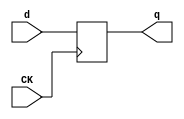
//# 3 inputs
//# 6 outputs
//# 14 D-type flipflops
//# 44 inverters
//# 75 gates (31 ANDs + 9 NANDs + 16 ORs + 19 NORs)

module dff(CK,q,d);
input CK,d;
output reg q;
always @ (negedge CK)
q<=d;
endmodule

module s298(GND,VDD,CK,G0,G1,G117,G118,G132,G133,G2,G66,G67);
input GND,VDD,CK,G0,G1,G2;
output G117,G132,G66,G118,G133,G67;

  wire G10,G29,G11,G30,G12,G34,G13,G39,G14,G44,G15,G56,G16,G86,G17,G92,G18,G98,
    G19,G102,G20,G107,G21,G113,G22,G119,G23,G125,G28,G130,G38,G40,G45,G46,G50,
    G51,G54,G55,G59,G60,G64,II155,II158,G76,G82,G87,G91,G93,G96,G99,G103,G108,
    G112,G114,II210,II213,G120,G124,G121,II221,G126,G131,G127,II229,II232,
    II235,II238,G26,G27,G31,G32,G33,G35,G36,G37,G42,G41,G48,G47,G49,G52,G57,
    G61,G58,G65,G62,G63,G74,G75,G88,G89,G90,G94,G95,G100,G105,G104,G110,G109,
    G111,G115,G122,G123,G128,G129,G24,G25,G68,G69,G70,G71,G72,G73,G77,G78,G79,
    G80,G81,G83,G84,G85,G43,G97,G101,G106,G116,G53;

  dff DFF_0(CK,G10,G29);
  dff DFF_1(CK,G11,G30);
  dff DFF_2(CK,G12,G34);
  dff DFF_3(CK,G13,G39);
  dff DFF_4(CK,G14,G44);
  dff DFF_5(CK,G15,G56);
  dff DFF_6(CK,G16,G86);
  dff DFF_7(CK,G17,G92);
  dff DFF_8(CK,G18,G98);
  dff DFF_9(CK,G19,G102);
  dff DFF_10(CK,G20,G107);
  dff DFF_11(CK,G21,G113);
  dff DFF_12(CK,G22,G119);
  dff DFF_13(CK,G23,G125);
  not NOT_0(G28,G130);
  not NOT_1(G38,G10);
  not NOT_2(G40,G13);
  not NOT_3(G45,G12);
  not NOT_4(G46,G11);
  not NOT_5(G50,G14);
  not NOT_6(G51,G23);
  not NOT_7(G54,G11);
  not NOT_8(G55,G13);
  not NOT_9(G59,G12);
  not NOT_10(G60,G22);
  not NOT_11(G64,G15);
  not NOT_12(II155,G16);
  not NOT_13(G66,II155);
  not NOT_14(II158,G17);
  not NOT_15(G67,II158);
  not NOT_16(G76,G10);
  not NOT_17(G82,G11);
  not NOT_18(G87,G16);
  not NOT_19(G91,G12);
  not NOT_20(G93,G17);
  not NOT_21(G96,G14);
  not NOT_22(G99,G18);
  not NOT_23(G103,G13);
  not NOT_24(G108,G112);
  not NOT_25(G114,G21);
  not NOT_26(II210,G18);
  not NOT_27(G117,II210);
  not NOT_28(II213,G19);
  not NOT_29(G118,II213);
  not NOT_30(G120,G124);
  not NOT_31(G121,G22);
  not NOT_32(II221,G2);
  not NOT_33(G124,II221);
  not NOT_34(G126,G131);
  not NOT_35(G127,G23);
  not NOT_36(II229,G0);
  not NOT_37(G130,II229);
  not NOT_38(II232,G1);
  not NOT_39(G131,II232);
  not NOT_40(II235,G20);
  not NOT_41(G132,II235);
  not NOT_42(II238,G21);
  not NOT_43(G133,II238);
  and AND2_0(G26,G28,G50);
  and AND2_1(G27,G51,G28);
  and AND3_0(G31,G10,G45,G13);
  and AND2_2(G32,G10,G11);
  and AND2_3(G33,G38,G46);
  and AND3_1(G35,G10,G11,G12);
  and AND2_4(G36,G38,G45);
  and AND2_5(G37,G46,G45);
  and AND2_6(G42,G40,G41);
  and AND4_0(G48,G45,G46,G10,G47);
  and AND3_2(G49,G50,G51,G52);
  and AND4_1(G57,G59,G11,G60,G61);
  and AND2_7(G58,G64,G65);
  and AND4_2(G62,G59,G11,G60,G61);
  and AND2_8(G63,G64,G65);
  and AND3_3(G74,G12,G14,G19);
  and AND3_4(G75,G82,G91,G14);
  and AND2_9(G88,G14,G87);
  and AND2_10(G89,G103,G96);
  and AND2_11(G90,G91,G103);
  and AND2_12(G94,G93,G13);
  and AND2_13(G95,G96,G13);
  and AND3_5(G100,G99,G14,G12);
  and AND3_6(G105,G103,G108,G104);
  and AND2_14(G110,G108,G109);
  and AND2_15(G111,G10,G112);
  and AND2_16(G115,G114,G14);
  and AND2_17(G122,G120,G121);
  and AND2_18(G123,G124,G22);
  and AND2_19(G128,G126,G127);
  and AND2_20(G129,G131,G23);
  or OR4_0(G24,G38,G46,G45,G40);
  or OR3_0(G25,G38,G11,G12);
  or OR4_1(G68,G11,G12,G13,G96);
  or OR2_0(G69,G103,G18);
  or OR2_1(G70,G103,G14);
  or OR3_1(G71,G82,G12,G13);
  or OR2_2(G72,G91,G20);
  or OR2_3(G73,G103,G20);
  or OR4_2(G77,G112,G103,G96,G19);
  or OR2_4(G78,G108,G76);
  or OR2_5(G79,G103,G14);
  or OR2_6(G80,G11,G14);
  or OR2_7(G81,G12,G13);
  or OR4_3(G83,G11,G12,G13,G96);
  or OR3_2(G84,G82,G91,G14);
  or OR3_3(G85,G91,G96,G17);
  nand NAND3_0(G41,G12,G11,G10);
  nand NAND3_1(G43,G24,G25,G28);
  nand NAND4_0(G52,G13,G45,G46,G10);
  nand NAND4_1(G65,G59,G54,G22,G61);
  nand NAND4_2(G97,G83,G84,G85,G108);
  nand NAND4_3(G101,G68,G69,G70,G108);
  nand NAND2_0(G106,G77,G78);
  nand NAND4_4(G109,G71,G72,G73,G14);
  nand NAND4_5(G116,G79,G80,G81,G108);
  nor NOR2_0(G29,G10,G130);
  nor NOR4_0(G30,G31,G32,G33,G130);
  nor NOR4_1(G34,G35,G36,G37,G130);
  nor NOR2_1(G39,G42,G43);
  nor NOR3_0(G44,G48,G49,G53);
  nor NOR2_2(G47,G50,G40);
  nor NOR2_3(G53,G26,G27);
  nor NOR3_1(G56,G57,G58,G130);
  nor NOR2_4(G61,G14,G55);
  nor NOR4_2(G86,G88,G89,G90,G112);
  nor NOR3_2(G92,G94,G95,G97);
  nor NOR2_5(G98,G100,G101);
  nor NOR2_6(G102,G105,G106);
  nor NOR2_7(G104,G74,G75);
  nor NOR2_8(G107,G110,G111);
  nor NOR2_9(G112,G62,G63);
  nor NOR2_10(G113,G115,G116);
  nor NOR3_3(G119,G122,G123,G130);
  nor NOR3_4(G125,G128,G129,G130);

endmodule